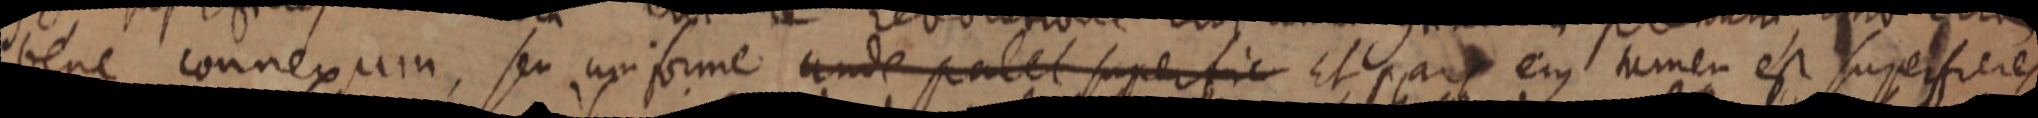
bene connexum, seu uniforme unde patet superfic Et pars ejus tamen est superfiere